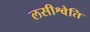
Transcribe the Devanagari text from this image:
लसीश्वेति